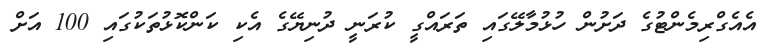
އެއެގްރިމެންޓުގެ ދަށުން ހުޅުމާލޭގައި ތަރައްގީ ކުރަނީ ދުނިޔޭގެ އެކި ކަންކޮޅުތަކުގައި 100 އަށް